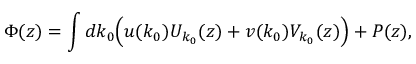
\Phi ( z ) = \int d k _ { 0 } \Bigl ( u ( k _ { 0 } ) U _ { k _ { 0 } } ( z ) + v ( k _ { 0 } ) V _ { k _ { 0 } } ( z ) \Bigr ) + P ( z ) ,